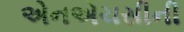
એનએચસીની